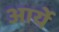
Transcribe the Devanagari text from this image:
आर्ये